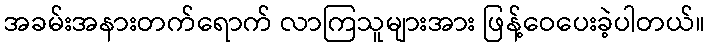
အခမ်းအနားတက်ရောက် လာကြသူများအား ဖြန့်ဝေပေးခဲ့ပါတယ်။